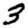
Digit: 3